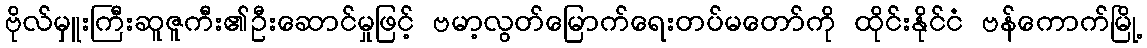
ဗိုလ်မှူးကြီးဆူဇူကီး၏ဦးဆောင်မှုဖြင့် ဗမာ့လွတ်မြောက်ရေးတပ်မတော်ကို ထိုင်းနိုင်ငံ ဗန်ကောက်မြို့